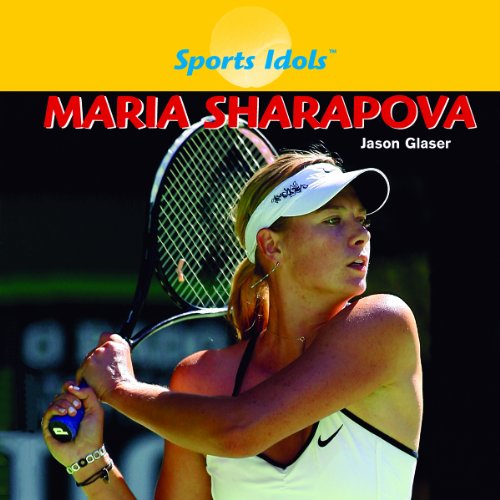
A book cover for Maria Sharapova (Sports Idols); Jason Glaser; Children's Books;